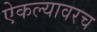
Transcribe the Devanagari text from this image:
ऐकल्यावरच